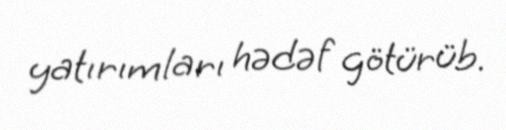
yatırımları hədəf götürüb.